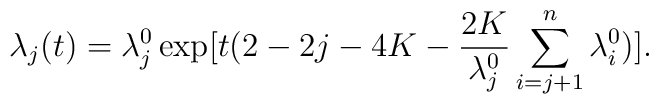
\lambda_{j}(t) = \lambda_{j}^{0}\exp[t( 2 - 2 j -4 K - \frac{2 K}{\lambda_{j}^{0}}\sum^{n}_{i = j +1}\lambda_{i}^{0})].